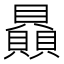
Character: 贔